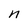
Character: n